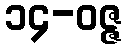
၁၄-ဝဇ္ဇ